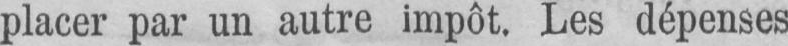
placer par un autre impôt. Les dépenses